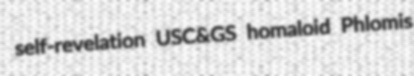
self-revelation USC&GS homaloid Phlomis